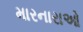
મારનારાઓ